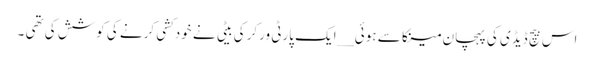
اس بیچ ڈیڈی کی پہچان مینکا سے ہوئی __ایک پارٹی ورکر کی بیٹی نے خودکشی کرنے کی کوشش کی تھی ۔